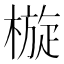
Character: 㯀